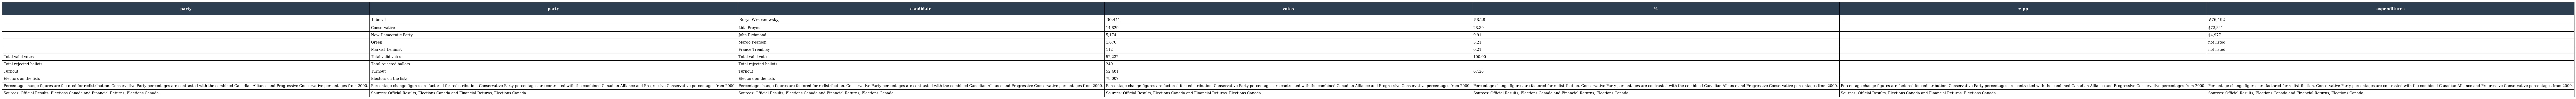
| party | party | candidate | votes | % | ± pp | expenditures |
 | --- | --- | --- | --- | --- | --- | --- |
 |  | Liberal | Borys Wrzesnewskyj | 30,441 | 58.28 | – | $76,192 |
 |  | Conservative | Lida Preyma | 14,829 | 28.39 |  | $72,841 |
 |  | New Democratic Party | John Richmond | 5,174 | 9.91 |  | $4,977 |
 |  | Green | Margo Pearson | 1,676 | 3.21 |  | not listed |
 |  | Marxist–Leninist | France Tremblay | 112 | 0.21 |  | not listed |
 | Total valid votes | Total valid votes | Total valid votes | 52,232 | 100.00 |  |  |
 | Total rejected ballots | Total rejected ballots | Total rejected ballots | 249 |  |  |  |
 | Turnout | Turnout | Turnout | 52,481 | 67.28 |  |  |
 | Electors on the lists | Electors on the lists | Electors on the lists | 78,007 |  |  |  |
 | Percentage change figures are factored for redistribution. Conservative Party percentages are contrasted with the combined Canadian Alliance and Progressive Conservative percentages from 2000. | Percentage change figures are factored for redistribution. Conservative Party percentages are contrasted with the combined Canadian Alliance and Progressive Conservative percentages from 2000. | Percentage change figures are factored for redistribution. Conservative Party percentages are contrasted with the combined Canadian Alliance and Progressive Conservative percentages from 2000. | Percentage change figures are factored for redistribution. Conservative Party percentages are contrasted with the combined Canadian Alliance and Progressive Conservative percentages from 2000. | Percentage change figures are factored for redistribution. Conservative Party percentages are contrasted with the combined Canadian Alliance and Progressive Conservative percentages from 2000. | Percentage change figures are factored for redistribution. Conservative Party percentages are contrasted with the combined Canadian Alliance and Progressive Conservative percentages from 2000. | Percentage change figures are factored for redistribution. Conservative Party percentages are contrasted with the combined Canadian Alliance and Progressive Conservative percentages from 2000. |
 | Sources: Official Results, Elections Canada and Financial Returns, Elections Canada. | Sources: Official Results, Elections Canada and Financial Returns, Elections Canada. | Sources: Official Results, Elections Canada and Financial Returns, Elections Canada. | Sources: Official Results, Elections Canada and Financial Returns, Elections Canada. | Sources: Official Results, Elections Canada and Financial Returns, Elections Canada. | Sources: Official Results, Elections Canada and Financial Returns, Elections Canada. | Sources: Official Results, Elections Canada and Financial Returns, Elections Canada. |